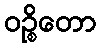
ဝဉ္စိတော